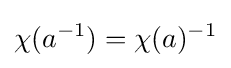
\chi (a^{-1})=\chi (a)^{-1}